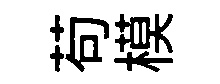
苟模